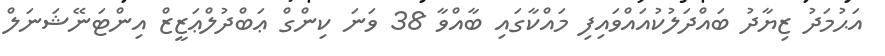
އަޙުމަދު ޒިޔާދު ބައްދަލުކުއައްވައިފި މައްކާގައި ބާއްވާ 38 ވަނަ ކިންގް ޢަބްދުލްޢަޒީޒް އިންޓަނޭޝަނަލް